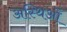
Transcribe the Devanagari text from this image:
अस्थिओं